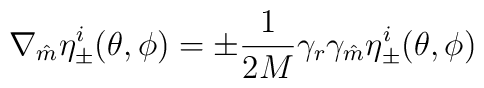
\nabla_{\hat m} \eta_{\pm}^i(\theta,\phi) =\pm\frac{1}{2M}\gamma_r\gamma_{\hat m}  \eta_{\pm}^i (\theta,\phi)